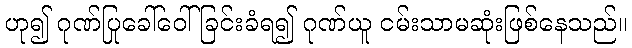
ဟု၍ ဂုဏ်ပြုခေါ်ဝေါ်ခြင်းခံရ၍ ဂုဏ်ယူ ငမ်းသာမဆုံးဖြစ်နေသည်။